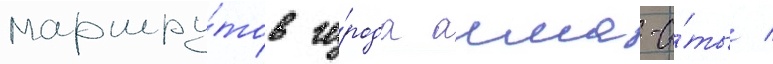
маршру́тов го́рода алма-а́ты /